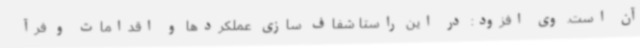
آن است. وی افزود: در این راستا شفاف سازی عملکردها و اقدامات و فرآ